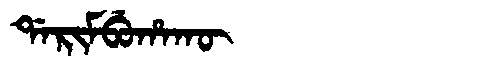
Manchu: ᡩᠠᡵᡳᠮᠪᡠᡥᠠᡴᡡ
Romanization: DARIMBUHAKŪ